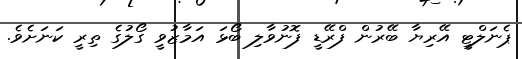
ޕެނަލްޓީ އޭރިޔާ ބޭރުން ފްރޭޑީ ފޮނުވާލި ބޯޅަ އަމާޒުވީ ގޯލުގެ ތިރީ ކަނަށެވެ.